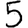
Digit: 5